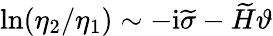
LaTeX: \ln(\eta_{2}/\eta_{1})\sim-\mathrm{i}\widetilde{\sigma}-\widetilde{H}\vartheta